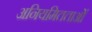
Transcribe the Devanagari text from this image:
अनियमितताओँ